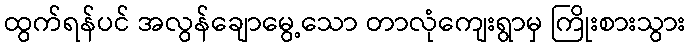
ထွက်ရန်ပင် အလွန်ချောမွေ့သော တာလုံကျေးရွာမှ ကြိုးစားသွား